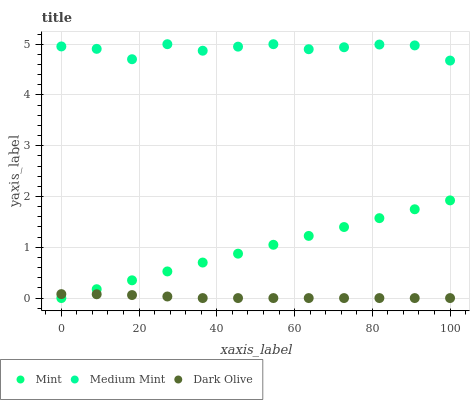
| xaxis_label | Mint | Medium Mint | Dark Olive |
 | --- | --- | --- | --- |
 | 0 | 0 | 4.96 | 0.0781 |
 | 9.09 | 0.175 | 4.91 | 0.0749 |
 | 18.2 | 0.35 | 4.7 | 0.0593 |
 | 27.3 | 0.525 | 5 | 0.0311 |
 | 36.4 | 0.7 | 4.87 | 0 |
 | 45.5 | 0.874 | 4.95 | 0 |
 | 54.5 | 1.05 | 5 | 0 |
 | 63.6 | 1.22 | 4.9 | 0 |
 | 72.7 | 1.4 | 4.94 | 0 |
 | 81.8 | 1.57 | 4.99 | 0 |
 | 90.9 | 1.75 | 4.98 | 0 |
 | 100 | 1.92 | 4.68 | 0 |